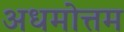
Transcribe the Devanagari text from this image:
अधमोत्तम